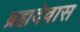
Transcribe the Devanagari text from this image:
ब्रह्मदेवास